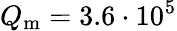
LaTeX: Q_{\mathrm{m}}=3.6\cdot 10^{5}